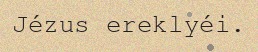
Jézus ereklyéi.